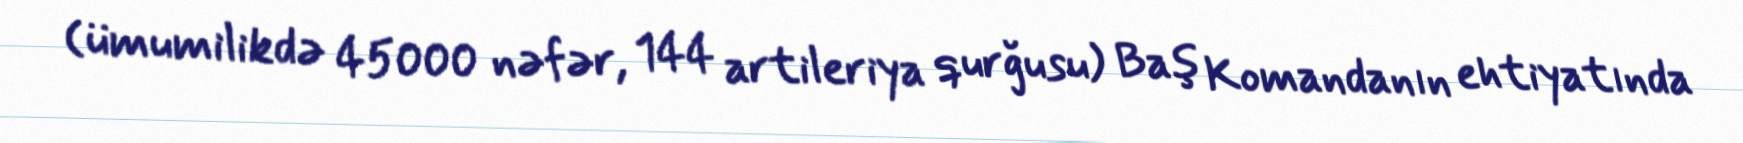
(ümumilikdə 45000 nəfər, 144 artileriya qurğusu) Baş Komandanın ehtiyatında